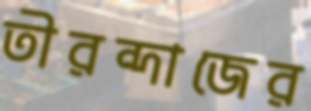
তীরন্দাজের